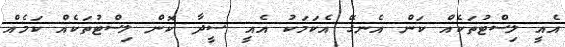
އެއީ ލިސްޓުތަކެއް ކަން އެނގޭ އެކަމަކު އެއީ ސީދާ ކޮން ލިސްޓުތަކެއް ކަމެއް